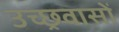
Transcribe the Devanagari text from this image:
उच्छ्रवासों